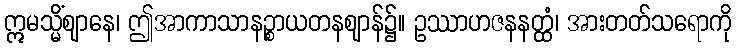
ဣမသ္မိံဈာနေ၊ ဤအာကာသာနဉ္စာယတနဈာန်၌။ ဥဿာဟဇနနတ္ထံ၊ အားတတ်သရောကို